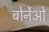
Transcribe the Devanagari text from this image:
बोर्नेओ